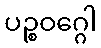
ပဉ္စဝဂ္ဂေါ